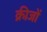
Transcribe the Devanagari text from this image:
क्रीजों